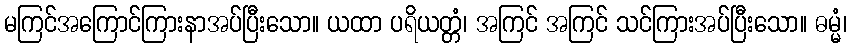
မကြင်အကြောင်ကြားနာအပ်ပြီးသော။ ယထာ ပရိယတ္တံ၊ အကြင် အကြင် သင်ကြားအပ်ပြီးသော။ ဓမ္မံ၊